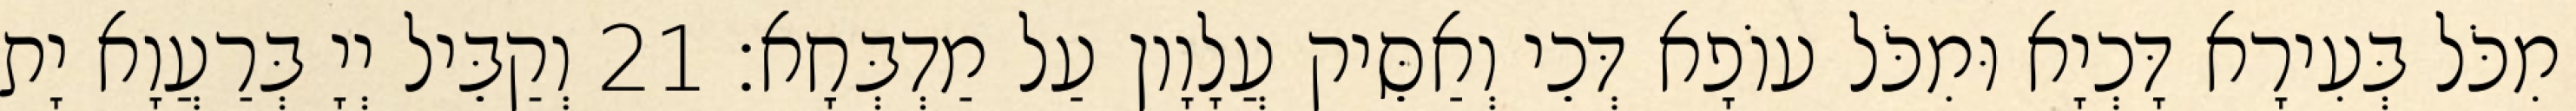
מִכֹּל בְּעִירָא דָּכְיָא וּמִכֹּל עוֹפָא דְּכֵי וְאַסֵּיק עֲלָוָון עַל מַדְבְּחָא׃ 21 וְקַבֵּיל יְיָ בְּרַעֲוָא יָת